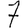
Digit: 7